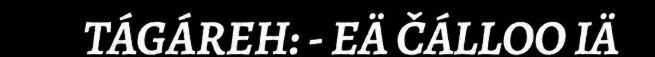
TÁGÁREH: - EÄ ČÁLLOO IÄ